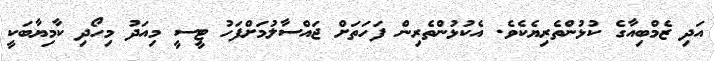
އަދި ޒެމްބިއާގެ ކުޅުންތެރިޔެކެވެ. އެކުޅުންތެރިން ފަހަތަށް ޖައްސާލުމަށްފަހު ޓީސީ މިއަދު މިހޯދި ކާމިޔާބަކީ